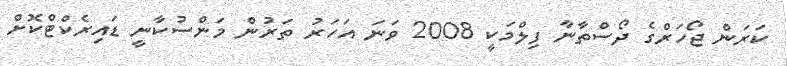
ކަރަން ޖޯހަރްގެ ދޯސްތާނާ ފިލްމަކީ 2008 ވަނަ އަހަަރު ތަރުން މަންސުކާނީ ޑައިރެކްޓްކޮށް